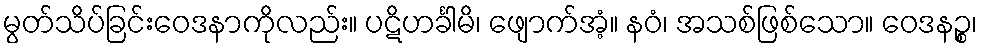
မွတ်သိပ်ခြင်းဝေဒနာကိုလည်း။ ပဋိဟင်္ခါမိ၊ ဖျောက်အံ့။ နဝံ၊ အသစ်ဖြစ်သော။ ဝေဒနဉ္စ၊